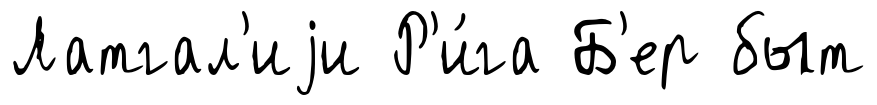
Латгал'иjи Р'и́га Б'ер быт